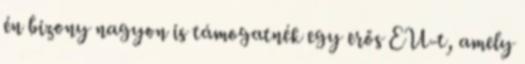
én bizony nagyon is támogatnék egy erős EU-t, amely